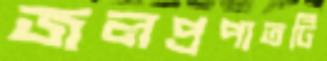
জলপ্রপাতটি